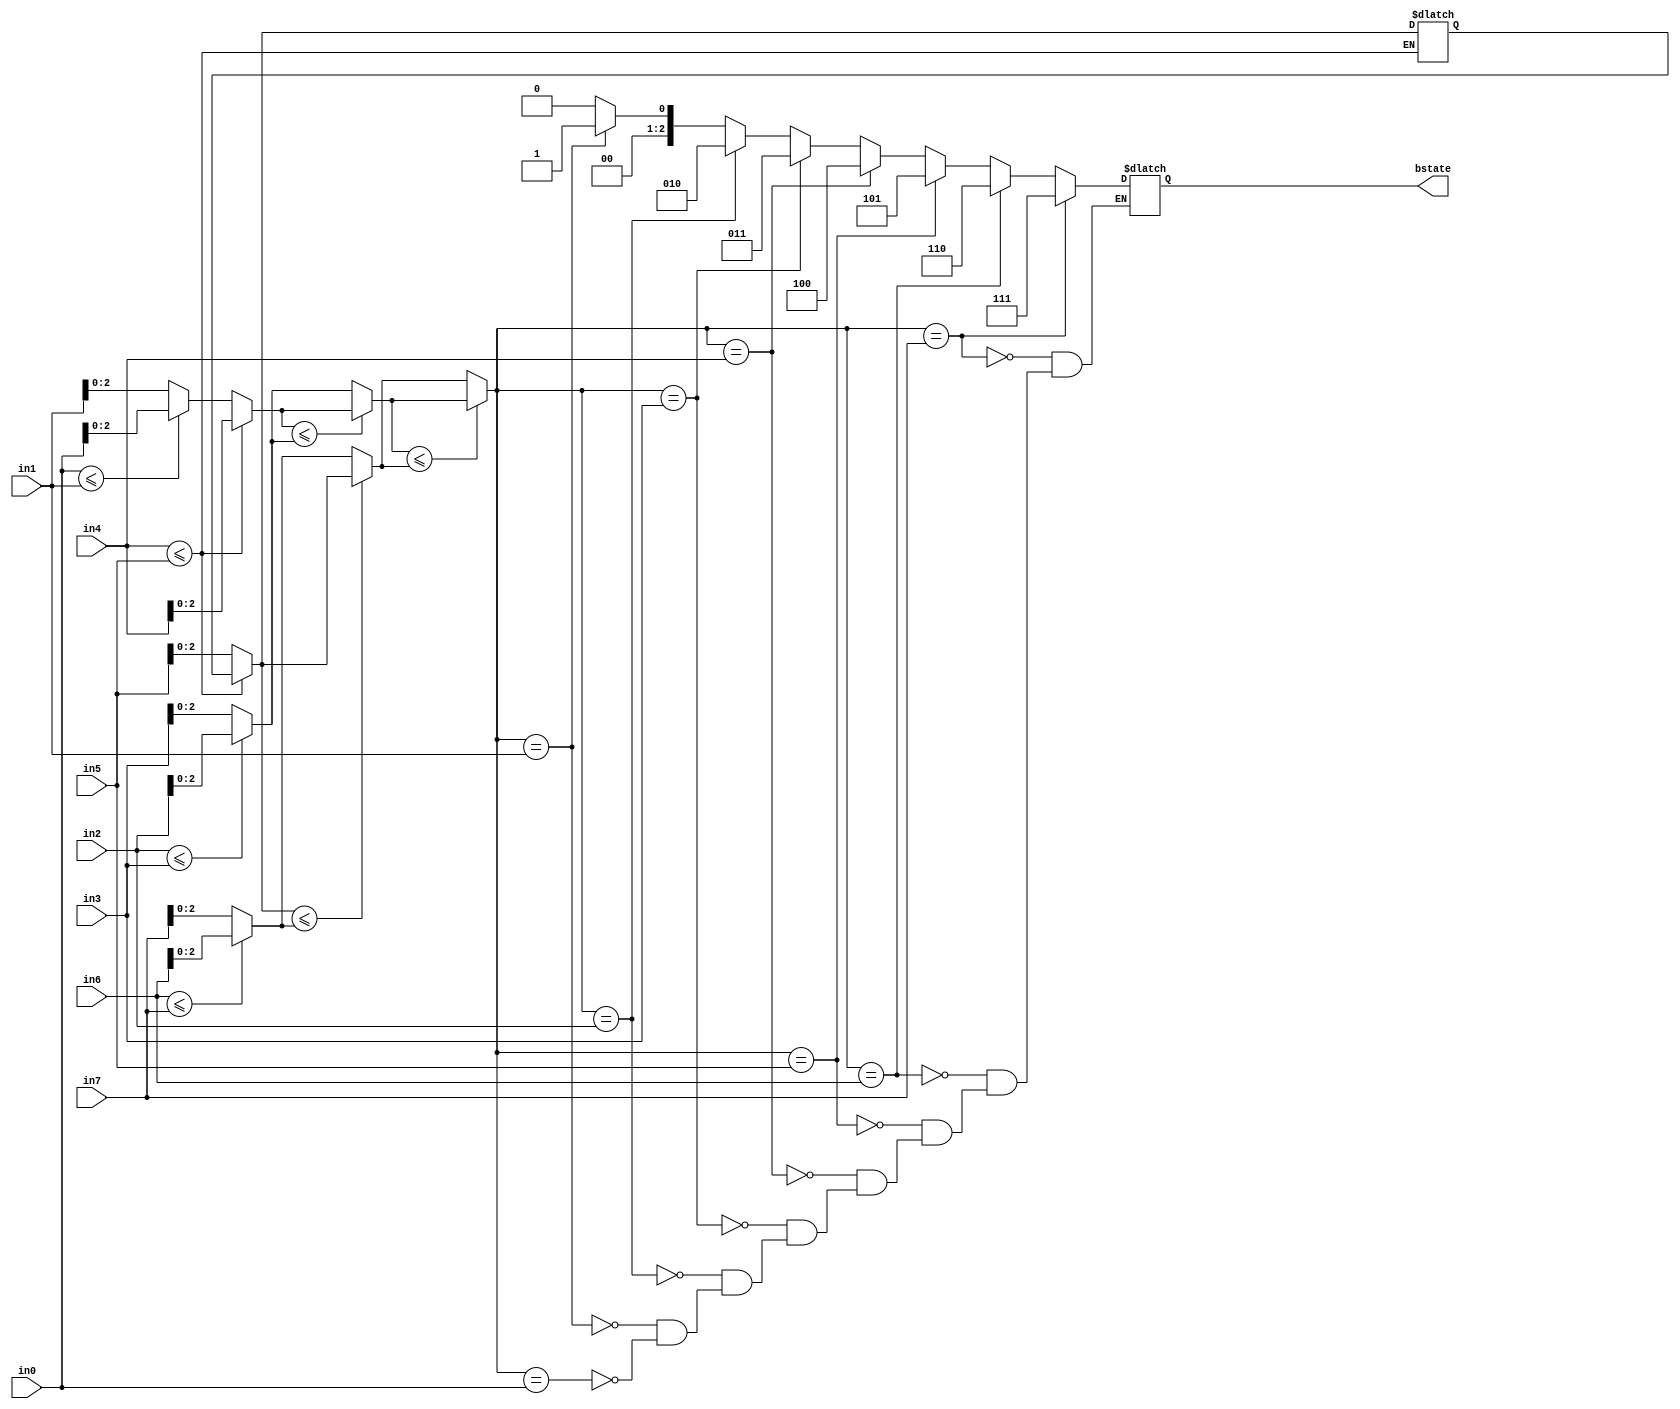
`timescale 1ns / 1ps
//////////////////////////////////////////////////////////////////////////////////
// Company: 
// Engineer: 
// 
// Design Name: 
// Module Name:    Decision 
// Project Name: 
// Target Devices: 
// Tool versions: 
// Description: 
//
// Dependencies: 
//
// Revision: 
// Revision 0.01 - File Created
// Additional Comments: 
//
//////////////////////////////////////////////////////////////////////////////////
module Decision( bstate, in0, in1, in2, in3, in4 ,in5, in6, in7);

output [2:0] bstate;
input [3:0] in0;
input [3:0] in1;
input [3:0] in2;
input [3:0] in3;
input [3:0] in4;
input [3:0] in5;
input [3:0] in6;
input [3:0] in7;

reg [2:0] bstate;
reg [2:0] min01;
reg [2:0] min23;
reg [2:0] min45;
reg [2:0] min67;
reg [2:0] min0123;
reg [2:0] min4567;
reg [2:0] flag_metric; 

always@(in0 or in1 or in2 or in3 or in4 or in5 or in6 or in7)
begin
if(in0<=in1)
min01=in0;
else
min01=in1;

if(in2<=in3)
min23=in2;
else
min23=in3;

if(in4<=in5)
min01=in4;
else
min45=in5;

if(in6<=in7)
min67=in6;
else
min67=in7;

if(min01<=min23)
min0123<=min01;
else
min0123<=min23;

if(min45<=min67)
min4567<=min45;
else
min4567<=min67;

if(min0123<=min4567)
flag_metric<=min0123;
else
flag_metric<=min4567;
end

always@(in0 or in1 or in2 or in3 or in4 or in5 or in6 or in7)
begin
if(flag_metric==in0)
bstate=3'b000;

if(flag_metric==in1)
bstate=3'b001;

if(flag_metric==in2)
bstate=3'b010;

if(flag_metric==in3)
bstate=3'b011;

if(flag_metric==in4)
bstate=3'b100;

if(flag_metric==in5)
bstate=3'b101;


if(flag_metric==in6)
bstate=3'b110;


if(flag_metric==in7)
bstate=3'b111;

end
endmodule